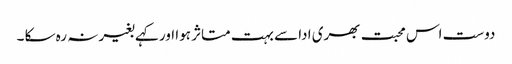
دوست اس محبت بھری ادا سے بہت متاثر ہوا اور کہے بغیر نہ رہ سکا ۔